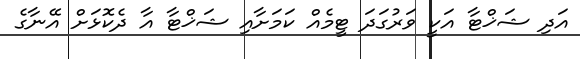
އަދި ޝަޚްޓާ އަކީ ވަރުގަދަ ޓީމެއް ކަމަށާއި ޝަޚްޓާ އާ ދެކޮޅަށް އޭނާގެ